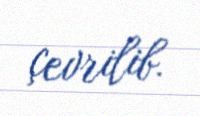
çevrilib.